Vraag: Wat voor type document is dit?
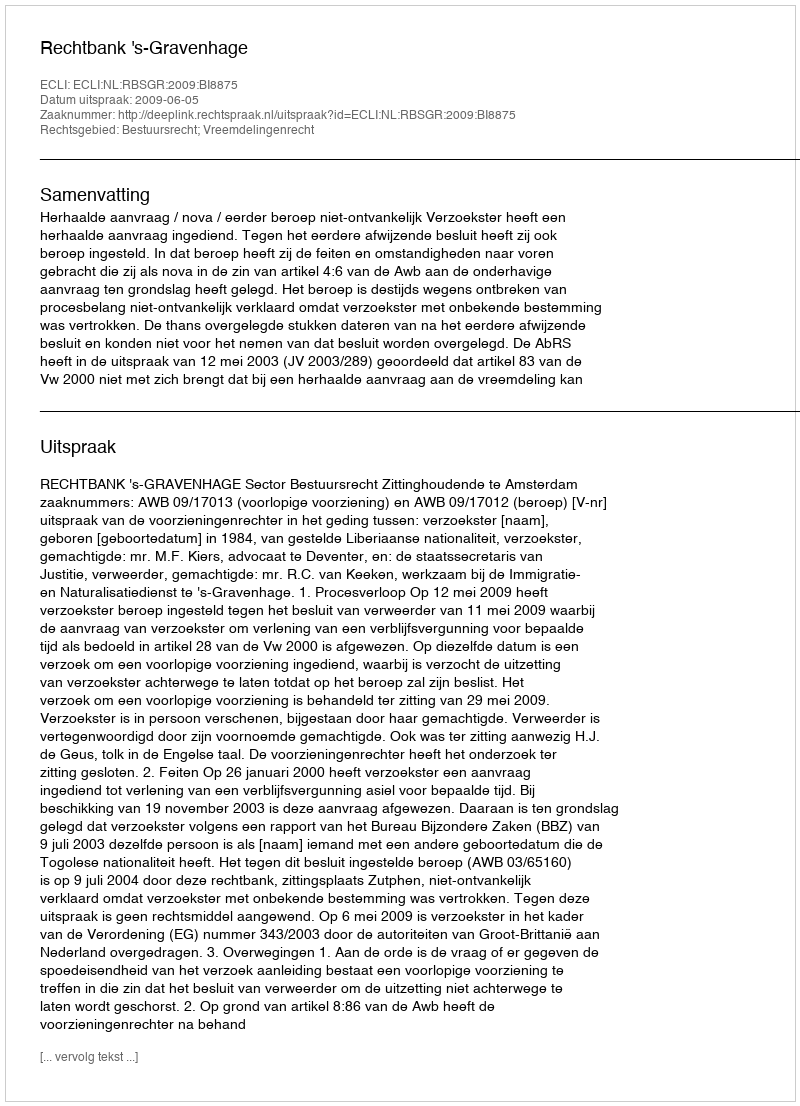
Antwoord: Uitspraak